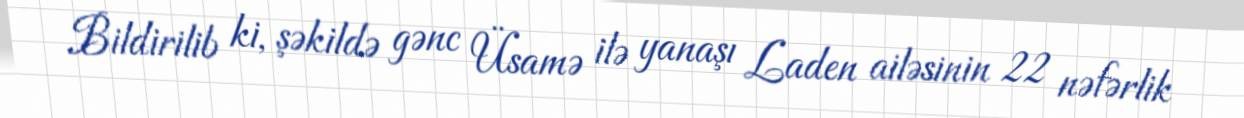
Bildirilib ki, şəkildə gənc Üsamə ilə yanaşı Laden ailəsinin 22 nəfərlik